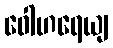
ဝေါဟရေယျ